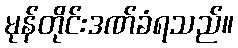
မုန်တိုင်းဒဏ်ခံရသည်။